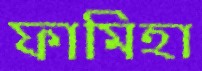
ফামিহা